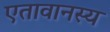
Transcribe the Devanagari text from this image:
एतावानस्य